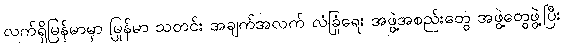
လက်ရှိမြန်မာမှာ မြန်မာ သတင်း အချက်အလက် လုံခြုံရေး အဖွဲ့အစည်းတွေ အဖွဲ့တွေဖွဲ့ပြီး